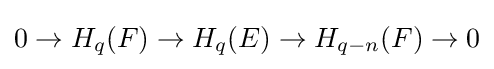
0\to H_{q}(F)\to H_{q}(E)\to H_{q-n}(F)\to 0